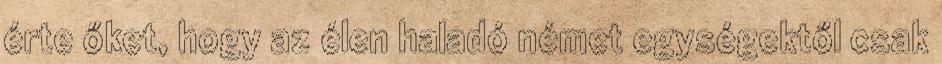
érte őket, hogy az élen haladó német egységektől csak